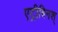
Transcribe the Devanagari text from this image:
एट्रीबिनश्